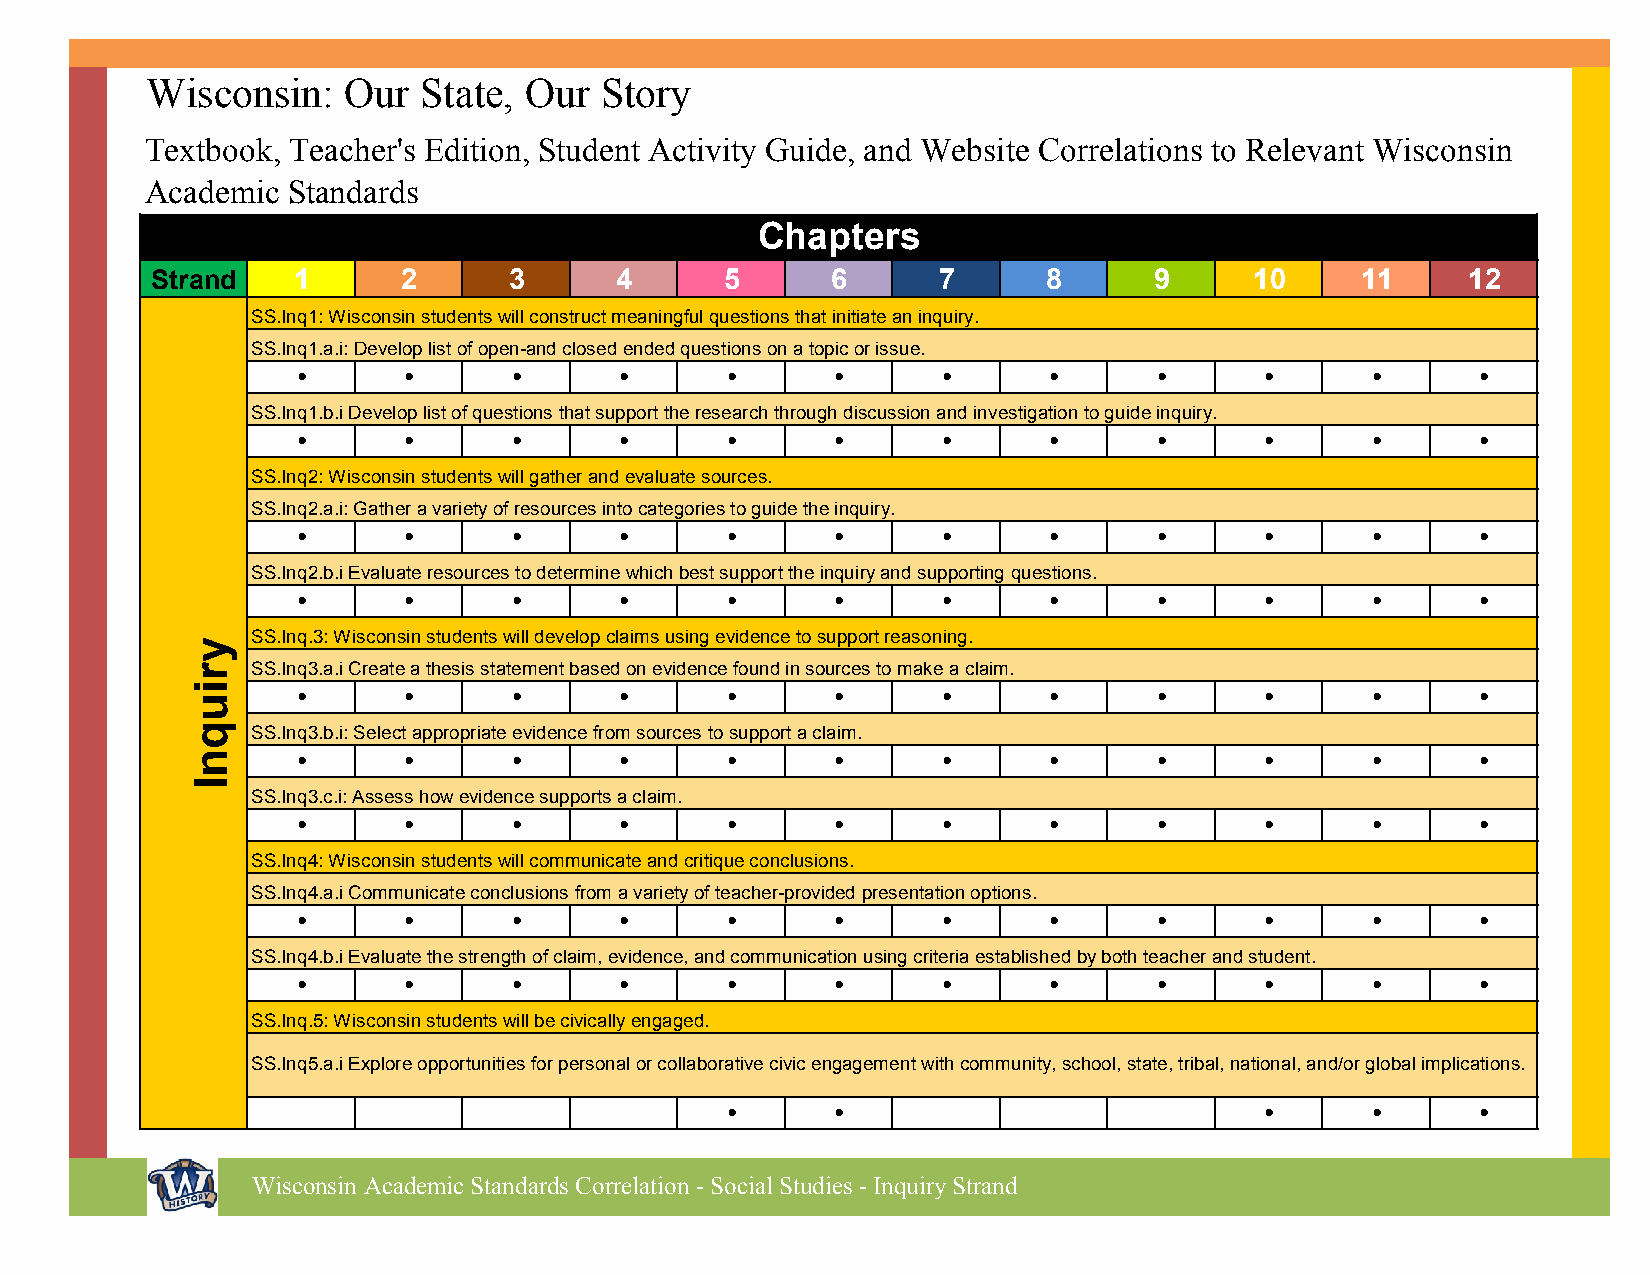
Wisconsin:   Our   State, Our Story
 Textbook, Teacher's Edition, Student Activity Guide, and Website Correlations to Relevant Wisconsin
 Academic  Standards
 Chapters
 Strand   1      2      3      4       5      6      7      8      9      10     11     12
 SS.Inq1: Wisconsin students will construct meaningful questions that initiate an inquiry.
 SS.Inq1.a.i: Develop list of open-and closed ended questions on a topic or issue.
 •      •       •      •      •      •      •      •      •      •      •       •
 SS.Inq1.b.i Develop list of questions that support the research through discussion and investigation to guide inquiry.
 •      •       •      •      •      •      •      •      •      •      •       •
 SS.Inq2: Wisconsin students will gather and evaluate sources.
 SS.Inq2.a.i: Gather a variety of resources into categories to guide the inquiry.
 •      •       •      •      •      •      •      •      •      •      •       •
 SS.Inq2.b.i Evaluate resources to determine which best support the inquiry and supporting questions.
 •      •       •      •      •      •      •      •      •      •      •       •
 SS.Inq.3: Wisconsin students will develop claims using evidence to support reasoning.
 SS.Inq3.a.i Create a thesis statement based on evidence found in sources to make a claim.
 •      •       •      •      •      •      •      •      •      •      •       •
 SS.Inq3.b.i: Select appropriate evidence from sources to support a claim.
 •      •       •      •      •      •      •      •      •      •      •       •
 SS.Inq3.c.i: Assess how evidence supports a claim.
 •      •       •      •      •      •      •      •      •      •      •       •
 SS.Inq4: Wisconsin students will communicate and critique conclusions.
 SS.Inq4.a.i Communicate conclusions from a variety of teacher-provided presentation options.
 •      •       •      •      •      •      •      •      •      •      •       •
 SS.Inq4.b.i Evaluate the strength of claim, evidence, and communication using criteria established by both teacher and student.
 •      •       •      •      •      •      •      •      •      •      •       •
 SS.Inq.5: Wisconsin students will be civically engaged.
 SS.Inq5.a.i Explore opportunities for personal or collaborative civic engagement with community, school, state, tribal, national, and/or global implications.
 •      •                           •      •       •
 Wisconsin Academic Standards Correlation - Social Studies - Inquiry Strand
 yriuqnI